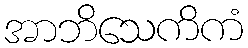
အာဘိသေကိကံ